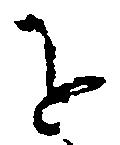
を